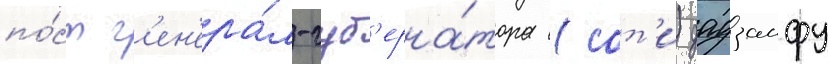
по́ст г'ен'ера́л-губ'ерна́тора (сот'и) дадзаифу